Scottish Leaving Certificate Examination, 1951
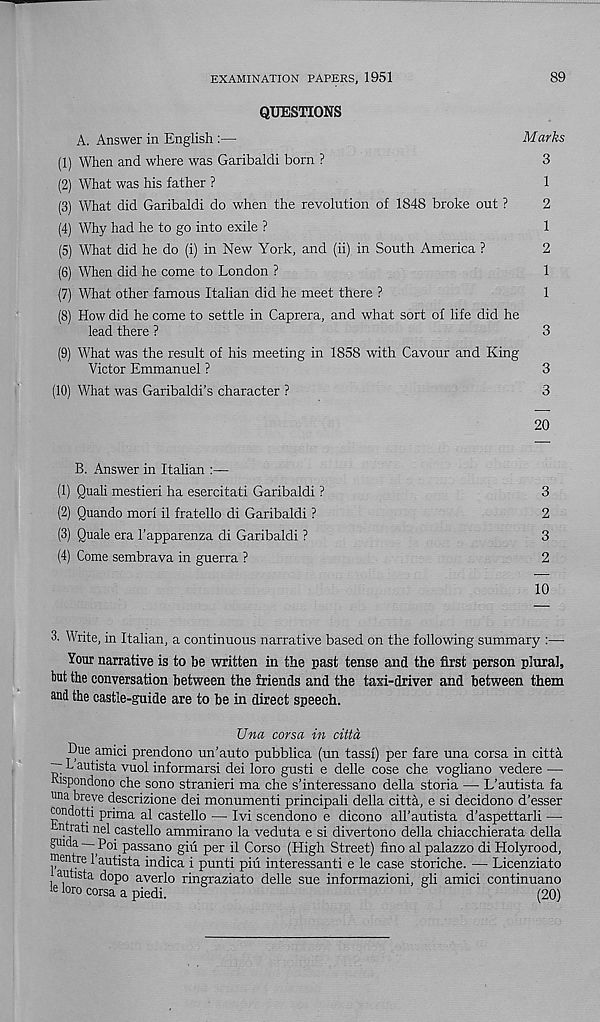
EXAMINATION PAPERS, 1951
89
QUESTIONS
A. Answer in English :—
Marks
(1) When and where was Garibaldi born ?
3
(2) What was his father ?
1
(3) What did Garibaldi do when the revolution of 1848 broke out ?
2
(4) Why had he to go into exile ?
1
(5) What did he do (i) in New York, and (ii) in South America ?
2
(6) When did he come to London ?
1
(7) What other famous Italian did he meet there ?
1
(8) How did he come to settle in Caprera, and what sort of life did he
lead there ?
3
(9) What was the result of his meeting in 1858 with Cavour and King
Victor Emmanuel ?
3
(10) What was Garibaldi’s character ?
3
20
B. Answer in Italian :—
(1) Quali mestieri ha esercitati Garibaldi ?
3
(2) Quando mori il fratello di Garibaldi ?
2
(3) Quale era 1’apparenza di Garibaldi ?
3
(4) Come sembrava in guerra ?
2
10
3. Write, in Italian, a continuous narrative based on the following summary :—
Your narrative is to be written in the past tense and the first person plural,
but the conversation between the friends and the taxi-driver and between them
and the castle-guide are to be in direct speech.
Una corsa in citta
Due amici prendono un’auto pubblica (un tassi) per fare una corsa in citta
~ L autista vuol informarsi dei loro gusti e delle cose che vogliano vedere —
mspondono che sono stranieri ma che s’interessano della storia — L’autista fa
una breve descrizione dei monumenti principali della citta, e si decidono d’esser
condotti prima al castello — Ivi scendono e dicono all’autista d’aspettarli —
ntiati nel castello ammirano la veduta e si divertono della chiacchierata della
guida Poi passano giti per il Corso (High Street) fino al palazzo di Holyrood,
centre 1 autista indica i punti piu interessanti e le case storiche. — Licenziato
autista dopo averlo ringraziato delle sue informazioni, gli amici continuano
ie loro corsa a piedi.
(20)